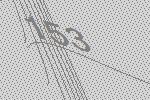
153